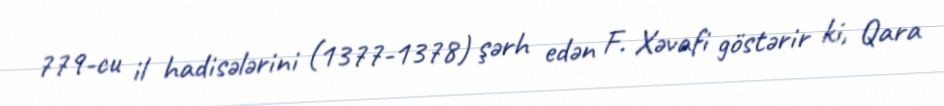
779-cu il hadisələrini (1377-1378) şərh edən F. Xəvafi göstərir ki, Qara